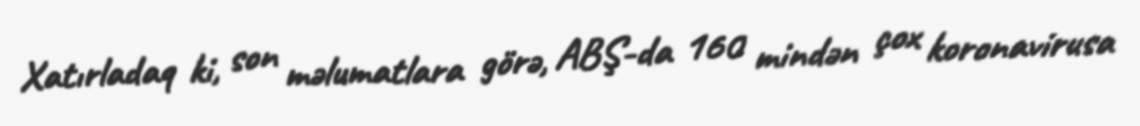
Xatırladaq ki, son məlumatlara görə, ABŞ-da 160 mindən çox koronavirusa